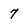
Character: 7